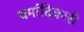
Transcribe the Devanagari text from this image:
धर्मादिकारी